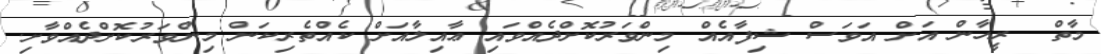
މާތް  ރީހާން އަށް އަވަސް ޝިފާއެއް މިންވަރުކޮށްދެއްވައި ޢާއިލާއަށް ކެއްތެރިކަން މިންވަރުކޮށްދެއްވާށި.